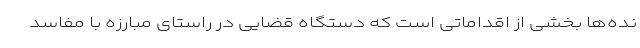
نده‌ها بخشی از اقداماتی است که دستگاه قضایی در راستای مبارزه با مفاسد